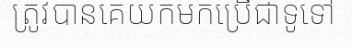
ត្រូវបានគេយកមកប្រើជាទូទៅ